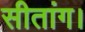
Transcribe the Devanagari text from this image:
सीतांग।